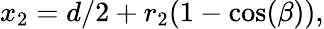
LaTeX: \begin{array}{r}{x_{2}=d/2+r_{2}(1-\cos(\beta)),}\end{array}